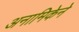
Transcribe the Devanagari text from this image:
अनामिकेने